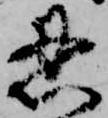
忍